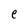
Character: e